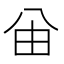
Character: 𠔍